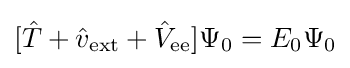
[{\hat {T}}+{\hat {v}}_{\text{ext}}+{\hat {V}}_{\text{ee}}]\Psi _{0}=E_{0}\Psi _{0}